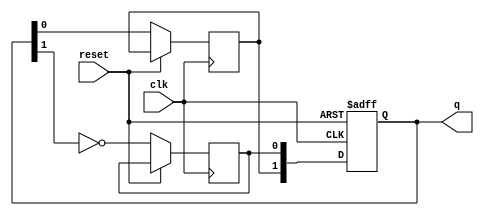
module dual_stage_johnson_counter (
    input wire clk,        // Clock signal
    input wire reset,      // Asynchronous reset signal
    output reg [1:0] q     // 2-bit output representing the counter state
);

    // Internal signals for flip-flops
    reg d0, d1;           // D inputs for the flip-flops

    // Asynchronous reset and state transition
    always @(posedge clk or posedge reset) begin
        if (reset) begin
            // Reset the state of the counter
            q <= 2'b00;   // Initialize to 00
        end else begin
            // Update the states of the D flip-flops
            d0 <= ~q[1];  // Invert the output of the second flip-flop
            d1 <= q[0];   // Pass the output of the first flip-flop
            q <= {d1, d0}; // Update the counter state
        end
    end

endmodule